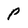
Character: P